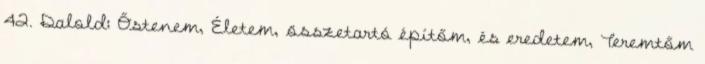
42. Dalold: Őstenem, Életem, összetartó építőm, és eredetem, Teremtőm